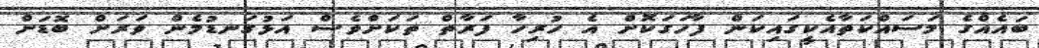
ބައެއްގެ މަސައްކަތާއެކީގައިކަން ފާހަގަކޮށް އެ ހުރިހާ ފަރާތް ތަކަށްވެސް އަޅުގަނޑުމެން ވަރަށް ބޮޑަށް